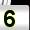
Digit: 5